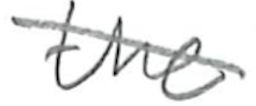
Text: the
Cross-out: diagonal
Writing tool: pencil